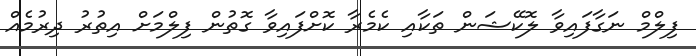
ފިލްމް ނަގާފައިވާ ލޮކޭޝަން ތަކާއި ކެމެރާ ކޮށްފައިވާ ގޮތުން ފިލްމަށް އިތުރު ދިރުމެއް